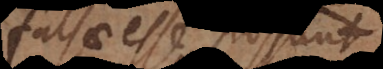
falsae esse possunt